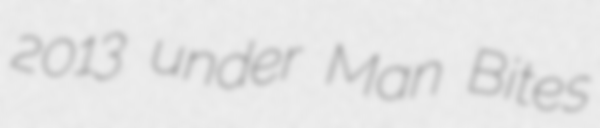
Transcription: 2013 under Man Bites